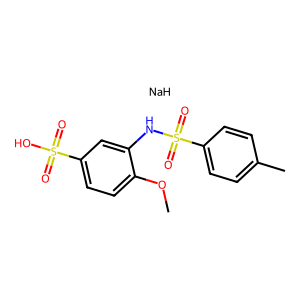
SMILES: COc1ccc(S(=O)(=O)O)cc1NS(=O)(=O)c1ccc(C)cc1.[NaH]
Inhibits HIV replication: No